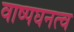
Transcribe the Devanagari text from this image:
वाष्पघनत्व